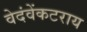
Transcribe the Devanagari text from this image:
वेदंवेंकटराय